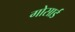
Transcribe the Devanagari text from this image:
गोसार्ड